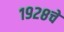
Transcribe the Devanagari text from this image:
१९२८चे